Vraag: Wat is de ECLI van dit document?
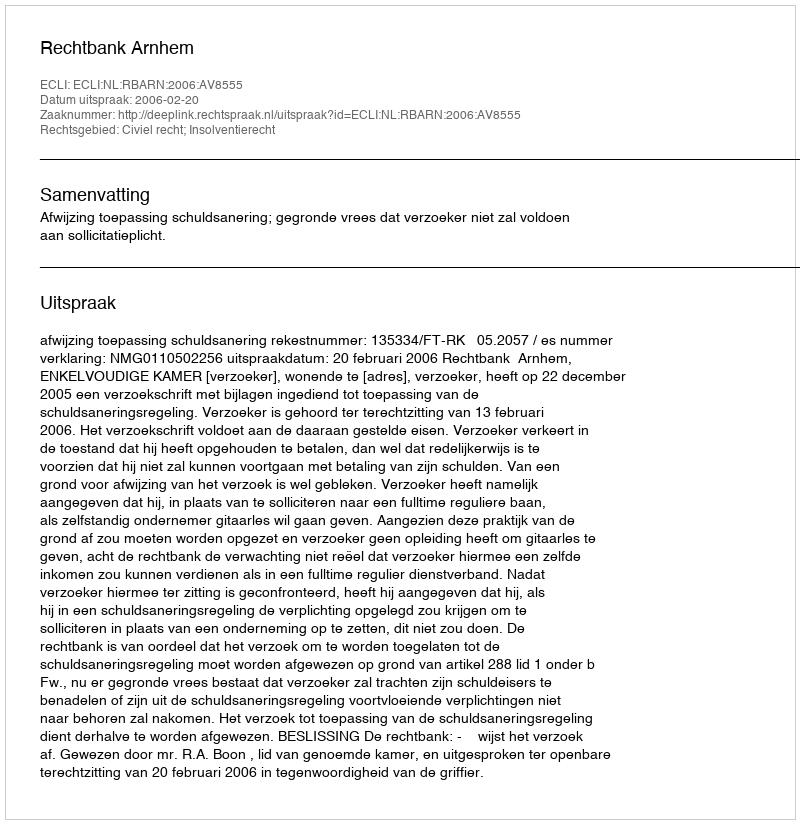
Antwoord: ECLI:NL:RBARN:2006:AV8555